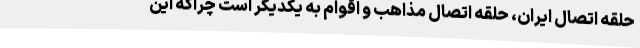
حلقه اتصال ایران، حلقه اتصال مذاهب و اقوام به یکدیگر است چراکه این